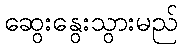
ဆွေးနွေးသွားမည်